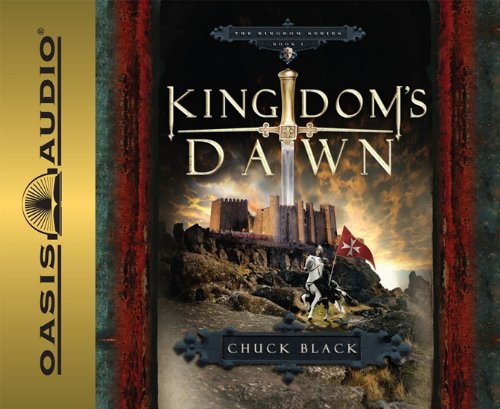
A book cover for Kingdom's Dawn (Kingdom Series); Chuck Black; Teen & Young Adult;